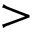
>